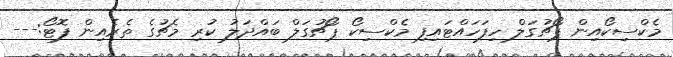
މެކްސިކޯއިން ޕޯޗުގަލް ހިފަހައްޓައިފި މެކްސިކޯ ޕޯޗުގަލް ބައްދަލު ކުރި މެޗުގެ ތެރެއިން ފޮޓޯ:---